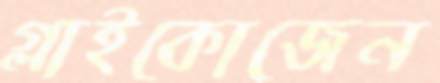
গ্লাইকোজেন